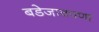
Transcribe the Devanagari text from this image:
बडेजावपणा